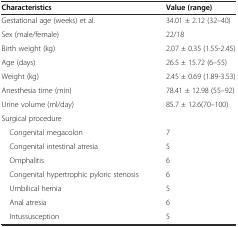
<table><thead><tr><td><b>Characteristics</b></td><td><b>Value (range)</b></td></tr></thead><tbody><tr><td>Gestational age (weeks) et al.</td><td>34.01 ± 2.12 (32–40)</td></tr><tr><td>Sex (male/female)</td><td>22/18</td></tr><tr><td>Birth weight (kg)</td><td>2.07 ± 0.35 (1.55-2.45)</td></tr><tr><td>Age (days)</td><td>26.5 ± 15.72 (6–55)</td></tr><tr><td>Weight (kg)</td><td>2.45 ± 0.69 (1.89-3.53)</td></tr><tr><td>Anesthesia time (min)</td><td>78.41 ± 12.98 (55–92)</td></tr><tr><td>Urine volume (ml/day)</td><td>85.7 ± 12.6(70–100)</td></tr><tr><td>Surgical procedure</td><td></td></tr><tr><td> Congenital megacolon</td><td>7</td></tr><tr><td> Congenital intestinal atresia</td><td>5</td></tr><tr><td> Omphalitis</td><td>6</td></tr><tr><td> Congenital hypertrophic pyloric stenosis</td><td>6</td></tr><tr><td> Umbilical hernia</td><td>5</td></tr><tr><td> Anal atresia</td><td>6</td></tr><tr><td> Intussusception</td><td>5</td></tr></tbody></table>